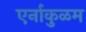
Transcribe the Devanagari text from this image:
एर्नाकुळम